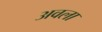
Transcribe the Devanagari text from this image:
अवला